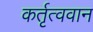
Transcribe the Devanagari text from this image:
कर्तृत्‍ववान